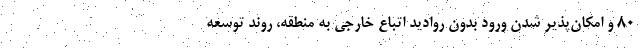
۸۰ و امکان‌پذیر شدن ورود بدون روادید اتباع خارجی به منطقه، روند توسعه